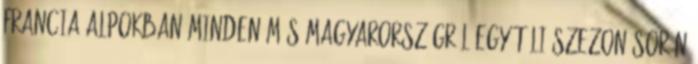
francia Alpokban minden más Magyarországról egy téli szezon során